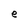
Character: e